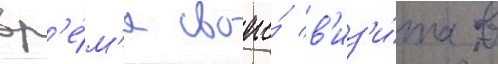
вр'е́м'я своего́ в'из'и́та в